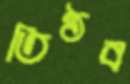
তিষ্ঠব